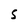
Character: s